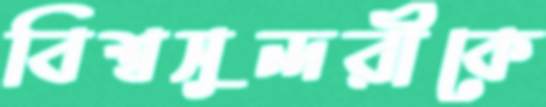
বিশ্বসুন্দরীকে